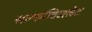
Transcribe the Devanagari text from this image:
सल्फॉक्जिलेट